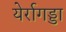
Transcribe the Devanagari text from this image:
येर्रागड्डा